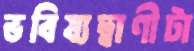
ভবিষ্যদ্বাণীটা